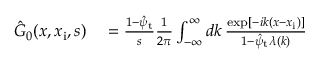
\begin{array} { r l } { \hat { G } _ { 0 } ( x , x _ { \mathrm { i } } , s ) } & { { } = \frac { 1 - \hat { \psi } _ { \mathrm { t } } } { s } \frac { 1 } { 2 \pi } \int _ { - \infty } ^ { \infty } d k \, \frac { \exp [ - i k ( x - x _ { \mathrm { i } } ) ] } { 1 - \hat { \psi } _ { \mathrm { t } } \lambda ( k ) } } \end{array}